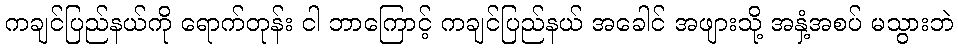
ကချင်ပြည်နယ်ကို ရောက်တုန်း ငါ ဘာကြောင့် ကချင်ပြည်နယ် အခေါင် အဖျားသို့ အနှံ့အစပ် မသွားဘဲ